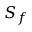
S _ { f }